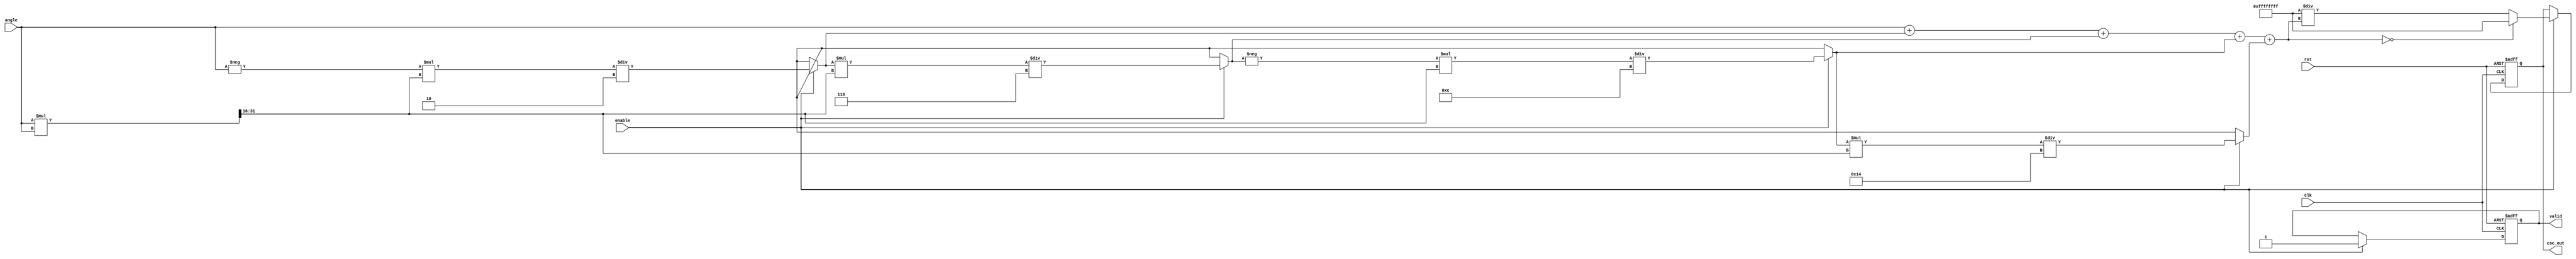
module Cosecant (
    input wire clk,
    input wire rst,
    input wire enable,
    input wire [15:0] angle, // Fixed-point representation of angle in radians
    output reg [31:0] csc_out, // Output for cosecant value
    output reg valid // Output valid flag
);

    // Internal signals
    reg [31:0] sin_val;
    reg [31:0] reciprocal;
    reg [31:0] temp_csc;
    reg error_flag;

    // Sine approximation using Taylor series
    function [31:0] sin_approx;
        input [15:0] x;
        reg [31:0] result;
        reg [31:0] term;
        reg [31:0] x_squared;
        integer i;
        begin
            result = x; // First term of Taylor series
            x_squared = (x * x) >> 16; // x^2 / 2^16 for fixed-point
            term = x; // Initialize term to x

            // Calculate sine using 5 terms of Taylor series
            for (i = 1; i < 5; i = i + 1) begin
                if (i % 2 == 1) begin
                    term = -term * x_squared / (i * (i + 1)); // Odd terms
                end else begin
                    term = term * x_squared / (i * (i + 1)); // Even terms
                end
                result = result + term;
            end
            sin_approx = result;
        end
    endfunction

    // Main process
    always @(posedge clk or posedge rst) begin
        if (rst) begin
            csc_out <= 32'b0;
            valid <= 1'b0;
            error_flag <= 1'b0;
        end else if (enable) begin
            // Calculate sine value
            sin_val = sin_approx(angle);
            
            // Check for division by zero
            if (sin_val == 32'b0) begin
                csc_out <= 32'hFFFFFFFF; // Output NaN or a special value for error
                error_flag <= 1'b1;
            end else begin
                // Calculate reciprocal
                reciprocal = 32'hFFFFFFFF / sin_val; // Simple division for reciprocal
                csc_out <= reciprocal;
                error_flag <= 1'b0;
            end
            valid <= 1'b1; // Indicate valid output
        end
    end

endmodule